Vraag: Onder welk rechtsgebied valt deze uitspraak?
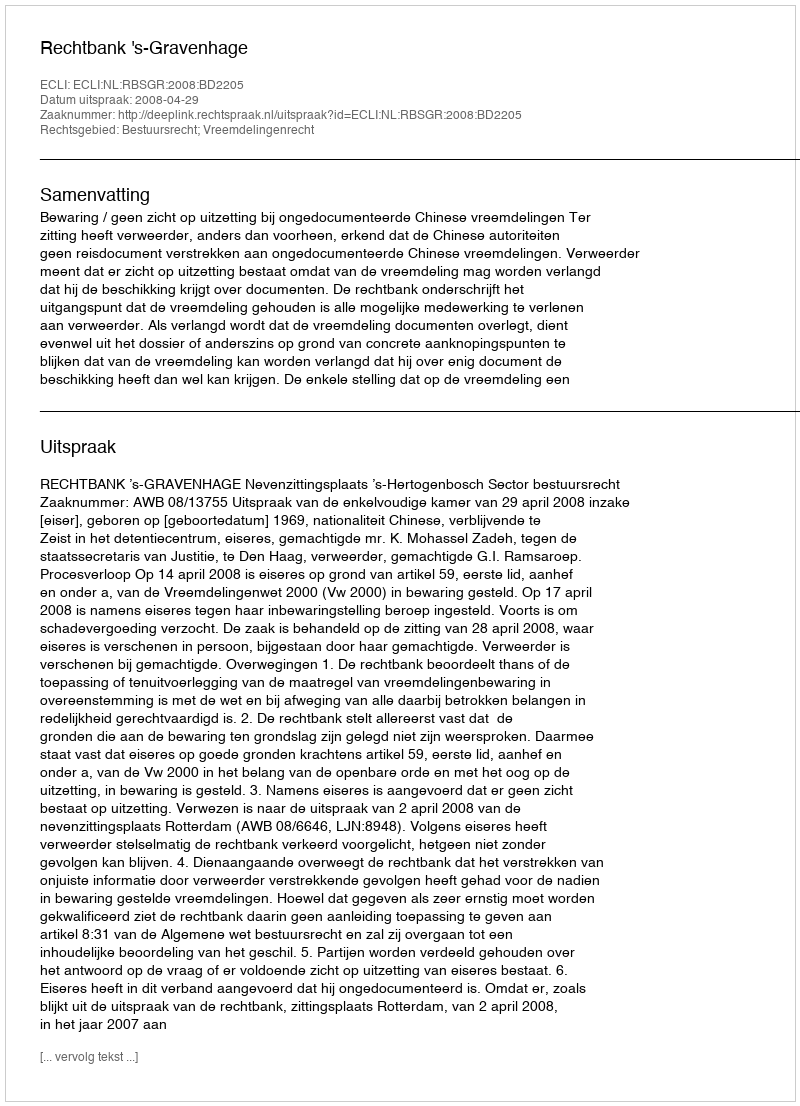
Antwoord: Bestuursrecht; Vreemdelingenrecht